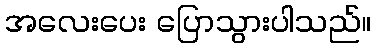
အလေးပေး ပြောသွားပါသည်။